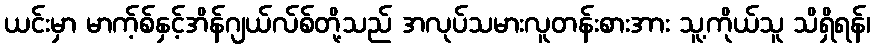
ယင်းမှာ မာက့်စ်နှင့်အိန်ဂျယ်လ်စ်တို့သည် အလုပ်သမားလူတန်းစားအား သူ့ကိုယ်သူ သိရှိရန်၊